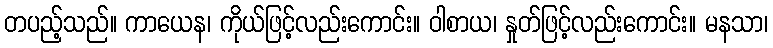
တပည့်သည်။ ကာယေန၊ ကိုယ်ဖြင့်လည်းကောင်း။ ဝါစာယ၊ နှုတ်ဖြင့်လည်းကောင်း။ မနသာ၊